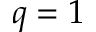
q = 1